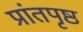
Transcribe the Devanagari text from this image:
प्रांतपृष्ठ